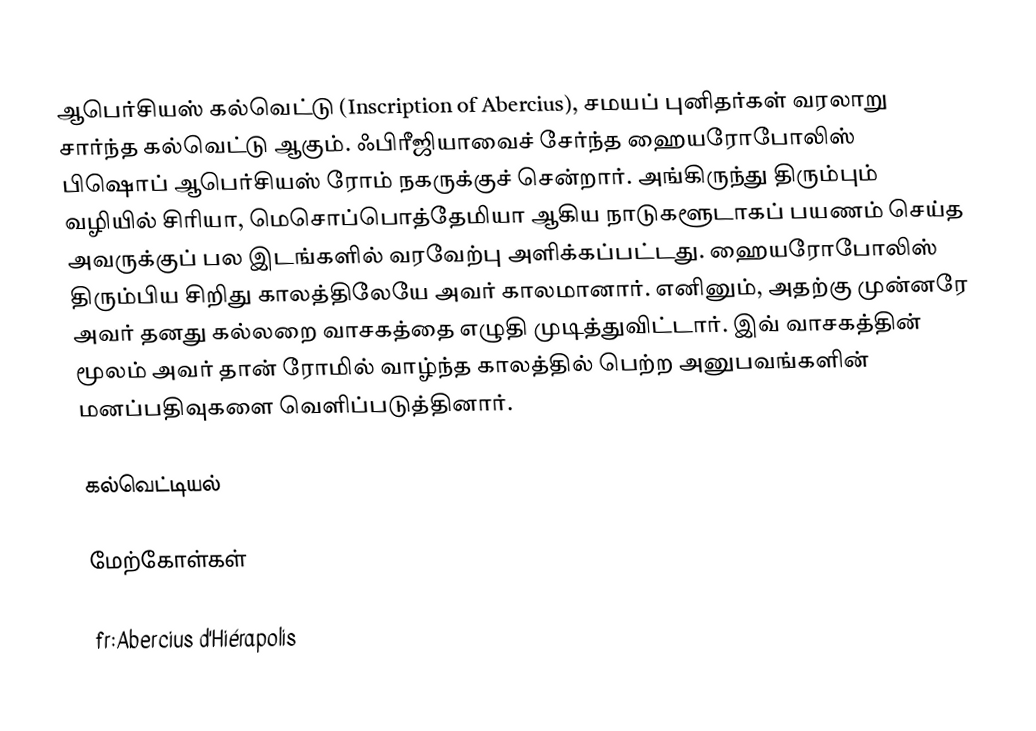
ஆபெர்சியஸ் கல்வெட்டு (Inscription of Abercius), சமயப் புனிதர்கள் வரலாறு சார்ந்த கல்வெட்டு ஆகும். ஃபிரீஜியாவைச் சேர்ந்த ஹையரோபோலிஸ் பிஷொப் ஆபெர்சியஸ் ரோம் நகருக்குச் சென்றார். அங்கிருந்து திரும்பும் வழியில் சிரியா, மெசொப்பொத்தேமியா ஆகிய நாடுகளூடாகப் பயணம் செய்த அவருக்குப் பல இடங்களில் வரவேற்பு அளிக்கப்பட்டது. ஹையரோபோலிஸ் திரும்பிய சிறிது காலத்திலேயே அவர் காலமானார். எனினும், அதற்கு முன்னரே அவர் தனது கல்லறை வாசகத்தை எழுதி முடித்துவிட்டார். இவ் வாசகத்தின் மூலம் அவர் தான் ரோமில் வாழ்ந்த காலத்தில் பெற்ற அனுபவங்களின் மனப்பதிவுகளை வெளிப்படுத்தினார்.

கல்வெட்டியல்

மேற்கோள்கள்

fr:Abercius d'Hiérapolis